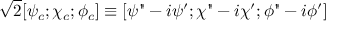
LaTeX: { \sqrt 2 } [ \psi _ { c } ; \chi _ { c } ; \phi _ { c } ] \equiv [ \psi " - i \psi ^ { \prime } ; \chi " - i \chi ^ { \prime } ; \phi " - i \phi ^ { \prime } ]